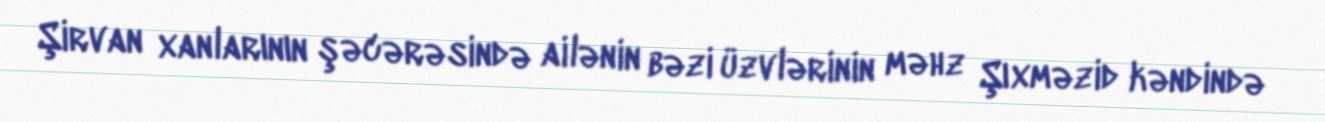
Şirvan xanlarının şəcərəsində ailənin bəzi üzvlərinin məhz Şıxməzid kəndində